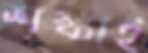
শঙ্কাই